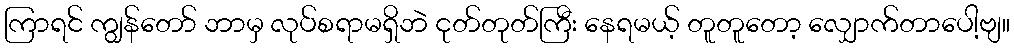
ကြာရင် ကျွန်တော် ဘာမှ လုပ်စရာမရှိဘဲ ငုတ်တုတ်ကြီး နေရမယ့် တူတူတော့ လျှောက်တာပေါ့ဗျ။